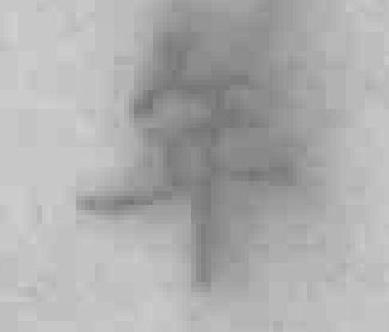
年